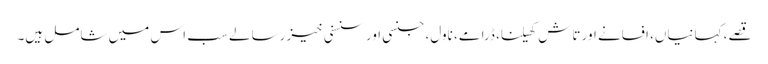
قصے، کہانیاں، افسانے اور تاش کھیلنا، ڈرامے، ناول، جنسی اور سنسنی خیز رسالے سب اس میں شامل ہیں۔